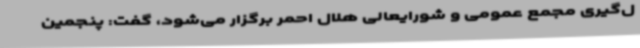
ل‌گیری مجمع عمومی و شورایعالی هلال احمر برگزار می‌شود، گفت: پنجمین